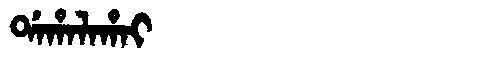
Manchu: ᡩᠠᡥᠠᠯᠠᡥᠠᡳ
Romanization: DAHALAHAI